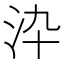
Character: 㳃